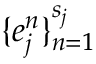
\{ e _ { j } ^ { n } \} _ { n = 1 } ^ { s _ { j } }